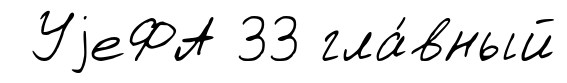
УjеФА 33 гла́вный